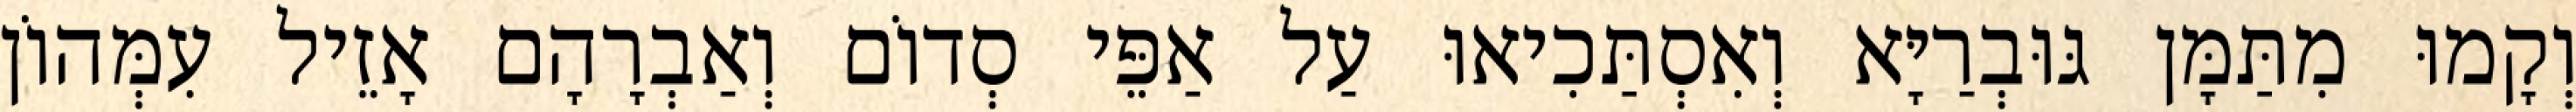
וְקָמוּ מִתַּמָּן גּוּבְרַיָּא וְאִסְתַּכִיאוּ עַל אַפֵּי סְדוֹם וְאַבְרָהָם אָזֵיל עִמְּהוֹן